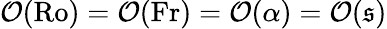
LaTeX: \mathcal{O}(\mathrm{Ro})=\mathcal{O}(\mathrm{Fr})=\mathcal{O}(\alpha)=\mathcal{O}(\mathfrak{s})